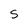
Character: s